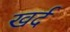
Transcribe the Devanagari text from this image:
खर्द